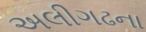
અલીગઢના